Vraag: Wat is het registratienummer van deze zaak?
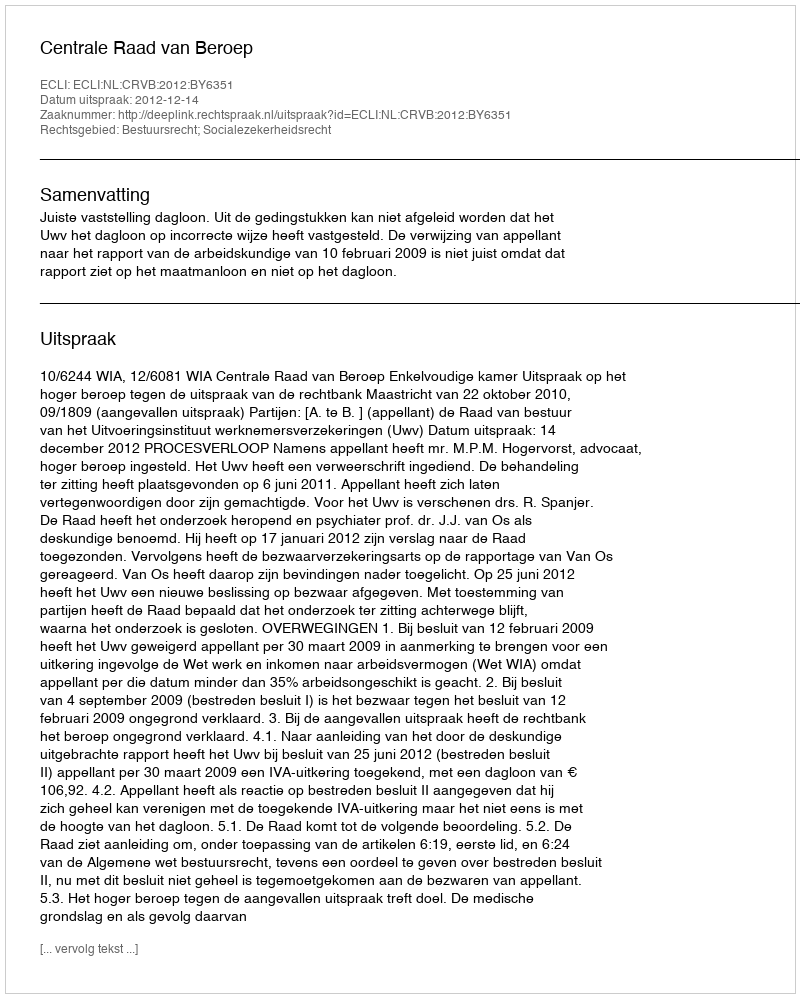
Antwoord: http://deeplink.rechtspraak.nl/uitspraak?id=ECLI:NL:CRVB:2012:BY6351